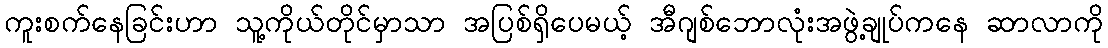
ကူးစက်နေခြင်းဟာ သူ့ကိုယ်တိုင်မှာသာ အပြစ်ရှိပေမယ့် အီဂျစ်ဘောလုံးအဖွဲ့ချုပ်ကနေ ဆာလာကို